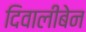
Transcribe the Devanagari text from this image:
दिवालीबेन